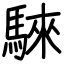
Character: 騋